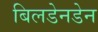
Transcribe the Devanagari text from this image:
बिलडेनडेन